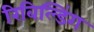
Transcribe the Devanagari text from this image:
रिबिल्डिंग